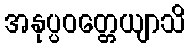
အနုပ္ပဝတ္တေယျာသိ